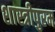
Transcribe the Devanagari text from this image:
शास्त्रीपुरम